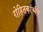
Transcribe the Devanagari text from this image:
रोहितकांश्चैव